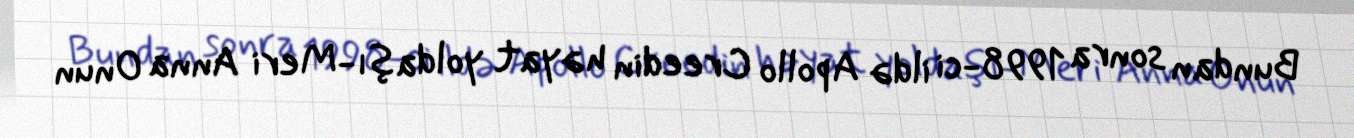
Bundan sonra 1998-ci ildə Apollo Creedin həyat yoldaşı-Meri Anna Onun